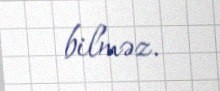
bilməz.